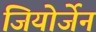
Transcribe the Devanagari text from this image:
जियोर्जेन